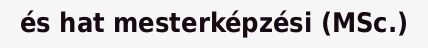
és hat mesterképzési (MSc.)